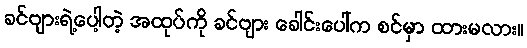
ခင်ဗျားရဲ့ပေါ့တဲ့ အထုပ်ကို ခင်ဗျား ခေါင်းပေါ်က စင်မှာ ထားမလား။